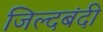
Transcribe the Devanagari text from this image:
जिल्दबंदी